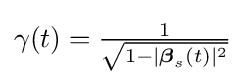
{\textstyle \gamma (t)={\frac {1}{\sqrt {1-|{\boldsymbol {\beta }}_{s}(t)|^{2}}}}}